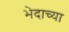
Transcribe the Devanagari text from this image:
भेदाच्या